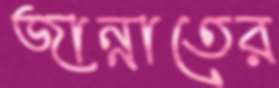
জান্নাতের